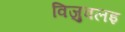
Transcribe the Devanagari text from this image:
विजुवलइ